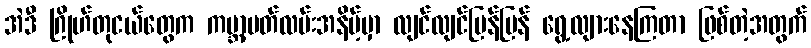
အဲဒီ ဂြိုဟ်တုငယ်တွေက ကမ္ဘာ့ပတ်လမ်းအနိမ့်မှာ လျင်လျင်မြန်မြန် ရွေ့လျားနေကြတာ ဖြစ်တဲ့အတွက်